Lunatic asylums Madras 1877-1891 - 1877-1891
Year: 1877
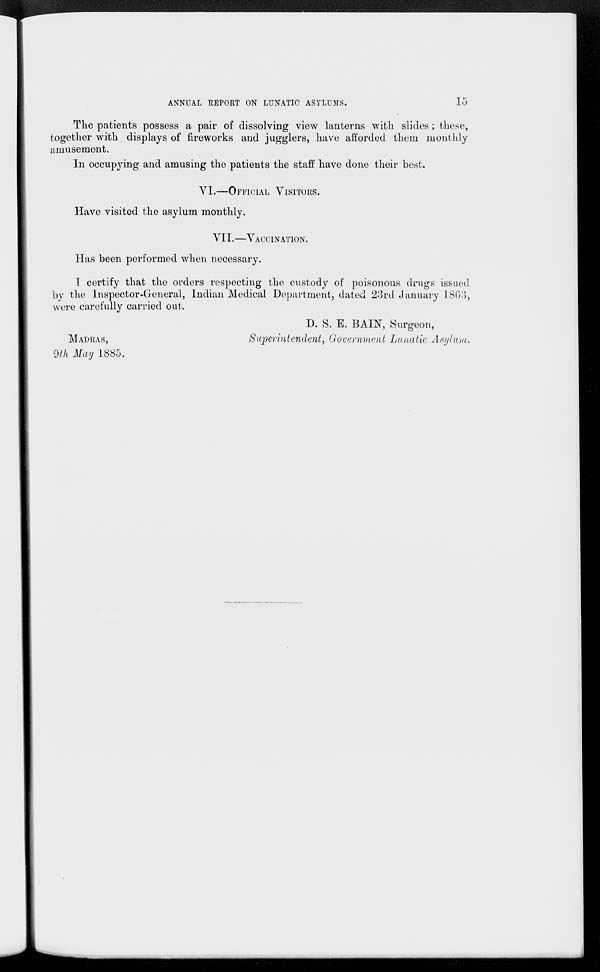
ANNUAL REPORT ON LUNATIC ASYLUMS.
15
The patients possess a pair of dissolving view lanterns with slides; these,
together with displays of fireworks and jugglers, have afforded them monthly
amusement.
In occupying and amusing the patients the staff have done their best.
VI.—OFFICIAL VISITORS.
Have visited the asylum monthly.
VII.—VACVINATION.
Has been performed when necessary.
I certify that the orders respecting the custody of poisonous drugs issued
by the Inspector-General, Indian Medical Department, dated 23rd January 1863,
were carefully carried out.
MADRAS,
9th May 1885.
D. S. E. BAIN, Surgeon,
Superintendent, Government Lunatic Asylum.